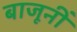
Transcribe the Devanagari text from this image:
बाजूनीं